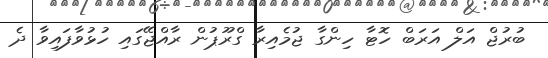
ބުރުޖް އަލް އަރަބް ހޮޓާ ހިންގާ ޖުމެއިރާ ގްރޫޕުން ރާއްޖޭގައި ހުޅުވާފައިވާ ދެ